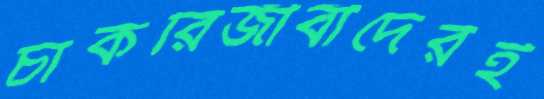
চাকরিজীবীদেরই